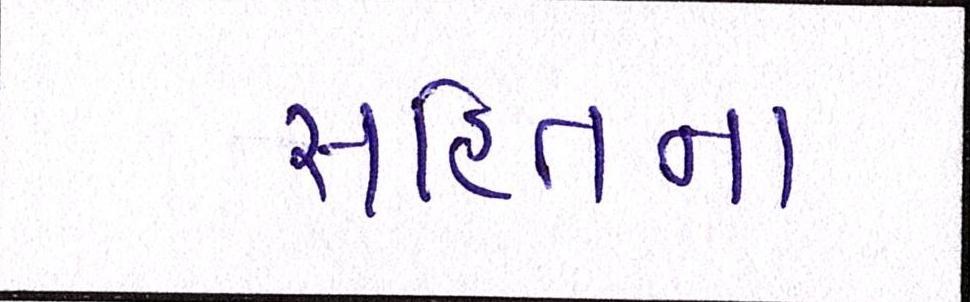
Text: સહિતના